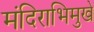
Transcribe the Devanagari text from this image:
मंदिराभिमुखे